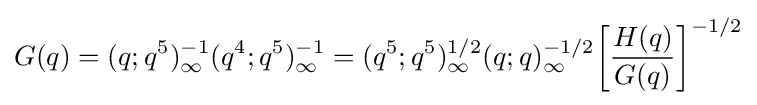
G(q)=(q;q^{5})_{\infty }^{-1}(q^{4};q^{5})_{\infty }^{-1}=(q^{5};q^{5})_{\infty }^{1/2}(q;q)_{\infty }^{-1/2}{\biggl [}{\frac {H(q)}{G(q)}}{\biggr ]}^{-1/2}